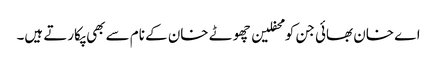
اے خان بھائی جن کو محفلین چھوٹے خان کے نام سے بھی پکارتے ہیں۔